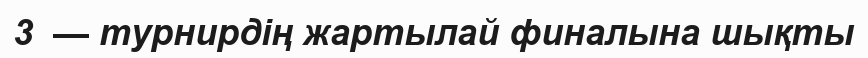
3  — турнирдің жартылай финалына шықты